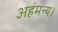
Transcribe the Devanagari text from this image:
अहंमन्य।